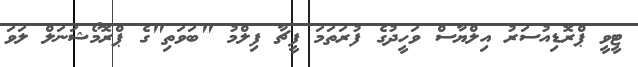
ޓީވީ ޕްރޮޑިއުސަރު އިލްޔާސް ވަހީދުގެ ފުރަތަމަ ފީޗާ ފިލްމު "ބަވަތި"ގެ ޕްރޮމޯޝަނަލް ލަވަ